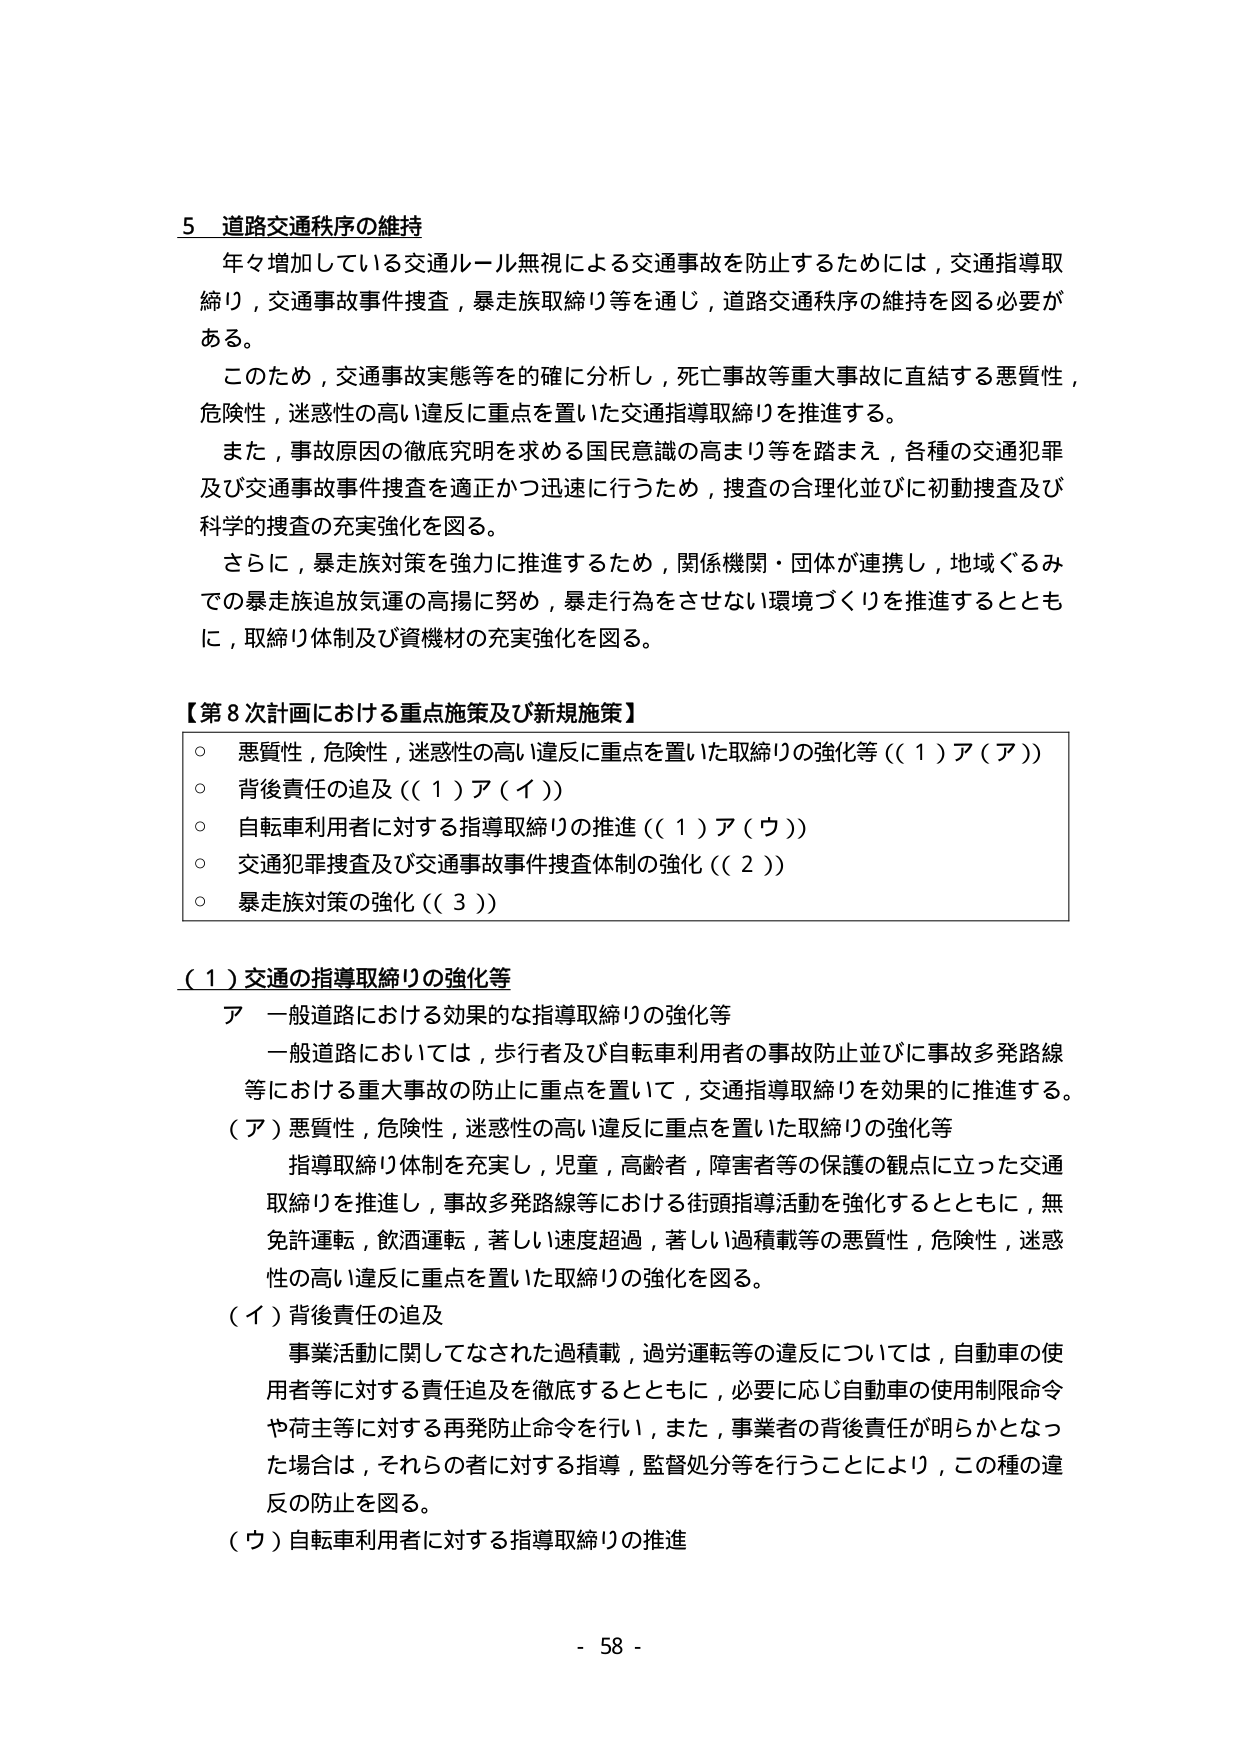
5 道路交通秩序の維持
年々増加している交通ルール無視による交通事故を防止するためには，交通指導取締り，交通事故事件捜査，暴走族取締り等を通じ，道路交通秩序の維持を図る必要がある。
このため，交通事故実態等を的確に分析し，死亡事故等重大事故に直結する悪質性，危険性，迷惑性の高い違反に重点を置いた交通指導取締りを推進する。
また，事故原因の徹底究明を求める国民意識の高まり等を踏まえ，各種の交通犯罪及び交通事故事件捜査を適正かつ迅速に行うため，捜査の合理化並びに初動捜査及び科学的捜査の充実強化を図る。
さらに，暴走族対策を強力に推進するため，関係機関・団体が連携し，地域ぐるみでの暴走族追放気運の高揚に努め，暴走行為をさせない環境づくりを推進するとともに，取締り体制及び資機材の充実強化を図る。

【第8次計画における重点施策及び新規施策】
○ 悪質性，危険性，迷惑性の高い違反に重点を置いた取締りの強化等（（1）ア（ア））
○ 背後責任の追及（（1）ア（イ））
○ 自転車利用者に対する指導取締りの推進（（1）ア（ウ））
○ 交通犯罪捜査及び交通事故事件捜査体制の強化（（2））
○ 暴走族対策の強化（（3））

（1）交通の指導取締りの強化等
ア 一般道路における効果的な指導取締りの強化等
一般道路においては，歩行者及び自転車利用者の事故防止並びに事故多発路線等における重大事故の防止に重点を置いて，交通指導取締りを効果的に推進する。
（ア）悪質性，危険性，迷惑性の高い違反に重点を置いた取締りの強化等
指導取締り体制を充実し，児童，高齢者，障害者等の保護の観点に立った交通取締りを推進し，事故多発路線等における街頭指導活動を強化するとともに，無免許運転，飲酒運転，著しい速度超過，著しい過積載等の悪質性，危険性，迷惑性の高い違反に重点を置いた取締りの強化を図る。
（イ）背後責任の追及
事業活動に関してなされた過積載，過労運転等の違反については，自動車の使用者等に対する責任追及を徹底するとともに，必要に応じ自動車の使用制限命令や荷主等に対する再発防止命令を行い，また，事業者の背後責任が明らかとなった場合は，それらの者に対する指導，監督処分等を行うことにより，この種の違反の防止を図る。
（ウ）自転車利用者に対する指導取締りの推進

- 58 -